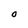
Character: O